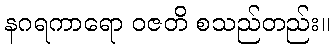
နဂရကာရော ဝဇတိ စသည်တည်း။